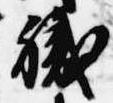
職